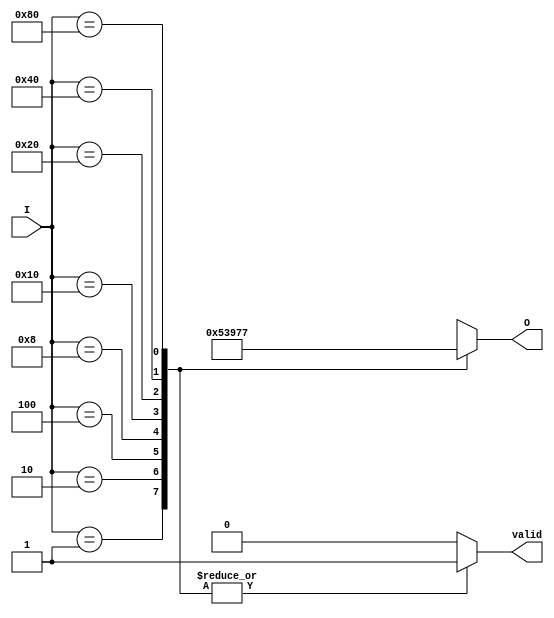
module octal_to_binary_encoder (
    input wire [7:0] I,      // 8 input lines (I0 to I7)
    output reg [2:0] O,      // 3 output lines (O2, O1, O0)
    output reg valid          // Output to indicate if the output is valid
);

    always @(*) begin
        // Default output for invalid state
        O = 3'bxxx;  // Invalid state
        valid = 0;   // Default valid to false

        case (I)
            8'b00000001: begin O = 3'b000; valid = 1; end // I0
            8'b00000010: begin O = 3'b001; valid = 1; end // I1
            8'b00000100: begin O = 3'b010; valid = 1; end // I2
            8'b00001000: begin O = 3'b011; valid = 1; end // I3
            8'b00010000: begin O = 3'b100; valid = 1; end // I4
            8'b00100000: begin O = 3'b101; valid = 1; end // I5
            8'b01000000: begin O = 3'b110; valid = 1; end // I6
            8'b10000000: begin O = 3'b111; valid = 1; end // I7
            default: begin
                // Check for multiple active inputs
                if (|I[7:0] && $countones(I) > 1) begin
                    O = 3'bxxx; // Invalid output for multiple inputs
                    valid = 0;  // Set valid to false
                end
            end
        endcase
    end

    // Function to count number of active inputs
    function integer $countones;
        input [7:0] in;
        integer i;
        begin
            $countones = 0;
            for (i = 0; i < 8; i = i + 1) begin
                if (in[i]) $countones = $countones + 1;
            end
        end
    endfunction

endmodule